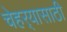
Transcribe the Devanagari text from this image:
चेहर्‍यासाठी